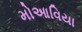
મોઆવિયા